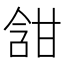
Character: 𭉀